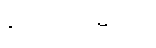
၃၁၀၀၀တည်းပါ။